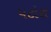
પટોરા